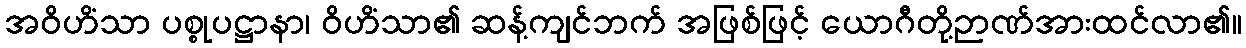
အဝိဟိံသာ ပစ္စုပဋ္ဌာနာ၊ ဝိဟိံသာ၏ ဆန့်ကျင်ဘက် အဖြစ်ဖြင့် ယောဂီတို့ဉာဏ်အားထင်လာ၏။